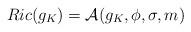
LaTeX: \begin{align*} Ric(g_K) = \mathcal{A}(g_K, \phi, \sigma, m)\end{align*}